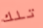
تلك